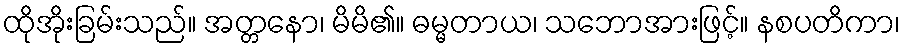
ထိုအိုးခြမ်းသည်။ အတ္တနော၊ မိမိ၏။ ဓမ္မတာယ၊ သဘောအားဖြင့်။ နစပတိကာ၊